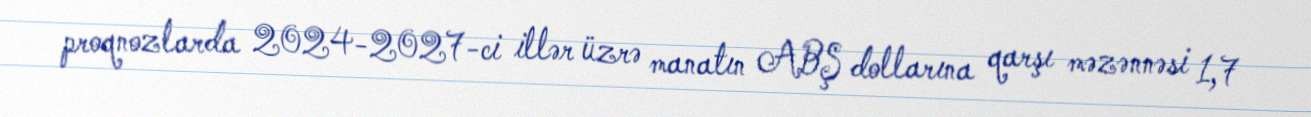
proqnozlarda 2024-2027-ci illər üzrə manatın ABŞ dollarına qarşı məzənnəsi 1,7